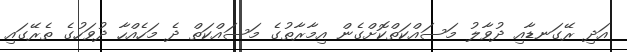
އަދި ރޭގަނޑާއި ދުވާލު މަސައްކަތްކޮށްގެން އިމާރާތުގެ މަސައްކަތް ދެ މަހެއްހާ ދުވަހުގެ ތެރޭގައި